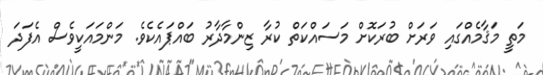
މަތީ މަޤާމެއްގައި ވަރަށް ބުރަކޮށް މަސައްކަތް ކުރާ ޒިންމާދާރު ބައްޕައެކެވެ. މަންމައަކީވެސް އެފަދަ